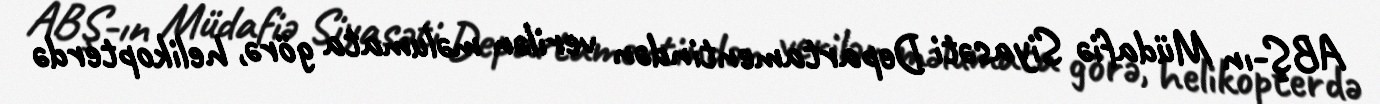
ABŞ-ın Müdafiə Siyasəti Departamentindən verilən məlumata görə, helikopterdə